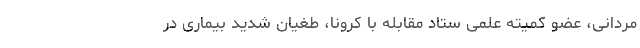
مردانی، عضو کمیته علمی ستاد مقابله با کرونا، طغیان شدید بیماری در